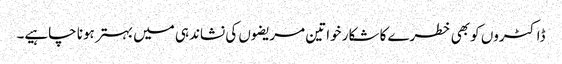
ڈاکٹروں کو بھی خطرے کا شکار خواتین مریضوں کی نشاندہی میں بہتر ہونا چاہیے۔